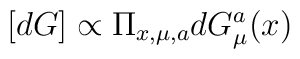
[dG] \propto \Pi_{x,\mu,a} d G^a_{\mu} (x)